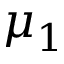
\mu _ { 1 }